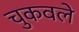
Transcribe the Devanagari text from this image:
चुकवले